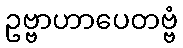
ဥဗ္ဗာဟာပေတဗ္ဗံ